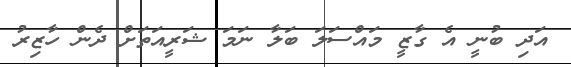
އަދި ބުނީ އެ ގާޒީ މައްސަލަ ބަލާ ނަމަ ޝަރީއަތަށް ދެން ހާޒިރު